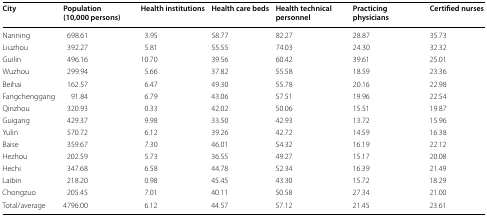
<table><thead><tr><td><b>City</b></td><td><b>Population (10,000 persons)</b></td><td><b>Health institutions</b></td><td><b>Health care beds</b></td><td><b>Health technical personnel</b></td><td><b>Practicing physicians</b></td><td><b>Certified nurses</b></td></tr></thead><tbody><tr><td>Nanning</td><td>698.61</td><td>3.95</td><td>58.77</td><td>82.27</td><td>28.87</td><td>35.73</td></tr><tr><td>Liuzhou</td><td>392.27</td><td>5.81</td><td>55.55</td><td>74.03</td><td>24.30</td><td>32.32</td></tr><tr><td>Guilin</td><td>496.16</td><td>10.70</td><td>39.56</td><td>60.42</td><td>39.61</td><td>25.01</td></tr><tr><td>Wuzhou</td><td>299.94</td><td>5.66</td><td>37.82</td><td>55.58</td><td>18.59</td><td>23.36</td></tr><tr><td>Beihai</td><td>162.57</td><td>6.47</td><td>49.30</td><td>55.78</td><td>20.16</td><td>22.98</td></tr><tr><td>Fangchenggang</td><td>91.84</td><td>6.79</td><td>43.06</td><td>57.51</td><td>19.96</td><td>22.54</td></tr><tr><td>Qinzhou</td><td>320.93</td><td>0.33</td><td>42.02</td><td>50.06</td><td>15.51</td><td>19.87</td></tr><tr><td>Guigang</td><td>429.37</td><td>9.98</td><td>33.50</td><td>42.93</td><td>13.72</td><td>15.96</td></tr><tr><td>Yulin</td><td>570.72</td><td>6.12</td><td>39.26</td><td>42.72</td><td>14.59</td><td>16.38</td></tr><tr><td>Baise</td><td>359.67</td><td>7.30</td><td>46.01</td><td>54.32</td><td>16.19</td><td>22.12</td></tr><tr><td>Hezhou</td><td>202.59</td><td>5.73</td><td>36.55</td><td>49.27</td><td>15.17</td><td>20.08</td></tr><tr><td>Hechi</td><td>347.68</td><td>6.58</td><td>44.78</td><td>52.34</td><td>16.39</td><td>21.49</td></tr><tr><td>Laibin</td><td>218.20</td><td>0.98</td><td>45.45</td><td>43.30</td><td>15.72</td><td>18.29</td></tr><tr><td>Chongzuo</td><td>205.45</td><td>7.01</td><td>40.11</td><td>50.58</td><td>27.34</td><td>21.00</td></tr><tr><td>Total/average</td><td>4796.00</td><td>6.12</td><td>44.57</td><td>57.12</td><td>21.45</td><td>23.61</td></tr></tbody></table>